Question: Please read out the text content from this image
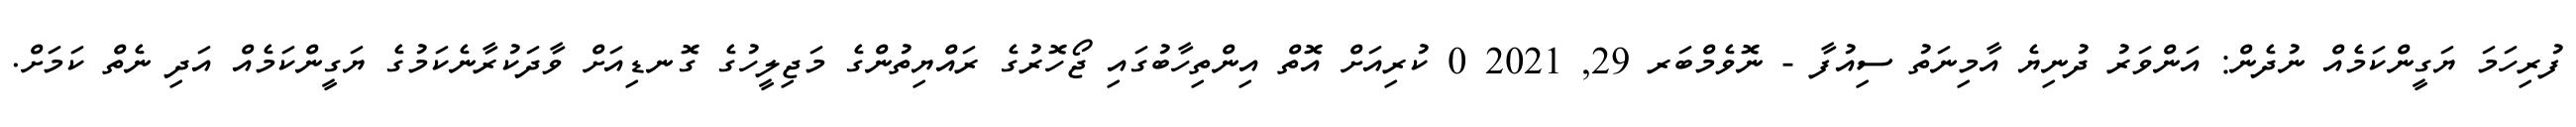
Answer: ފުރިހަމަ ޔަގީންކަމެއް ނުދެން: އަންވަރު ދުނިޔެ އާމިނަތު ސިއުފާ - ނޮވެމްބަރ 29, 2021 0 ކުރިއަށް އޮތް އިންތިހާބުގައި ޖޯހޮރުގެ ރައްޔިތުންގެ މަޖިލީހުގެ ގޮނޑިއަށް ވާދަކުރާނެކަމުގެ ޔަގީންކަމެއް އަދި ނެތް ކަމަށް.